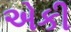
એકી